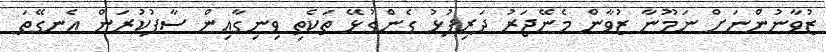
ޒުވާނުންނަށް ނަމޫނާ ޒުވާން މެނޭޖަރު ދަރިފުޅު ގެންގުޅޭ ތަކެތި ވިނިގާއިން ސާފުކުރަން އެނގޭތަ